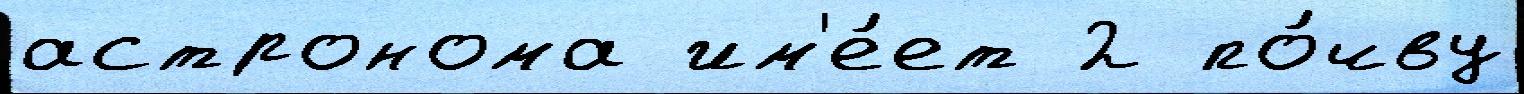
астронома им'е́ет 2 по́чву